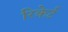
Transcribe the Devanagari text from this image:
रिकेर्ट